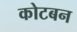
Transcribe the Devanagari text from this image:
कोटबन